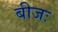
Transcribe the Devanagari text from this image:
बीजः